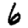
Digit: 6